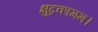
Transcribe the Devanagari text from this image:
क्षुद्रकागम।